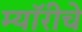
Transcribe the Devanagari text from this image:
म्यॉरीचे